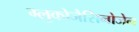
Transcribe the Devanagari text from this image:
ग्लुकोजैसिनोजेन